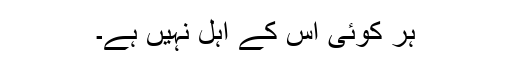
ہر کوئی اس کے اہل نہیں ہے۔